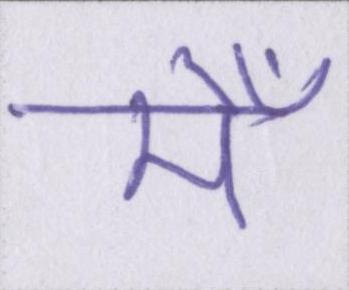
मेँ